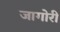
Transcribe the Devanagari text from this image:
जागोरी